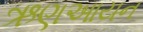
ઋણઆયન